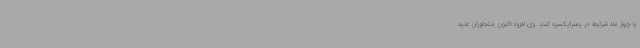
یا چهار ماه شرایط در یمنرایکسره کنند. وی افزود:اکنون متجاوزان علیه